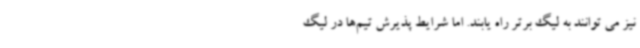
نیز می توانند به لیگ برتر راه یابند. اما شرایط پذیرش تیم‌ها در لیگ